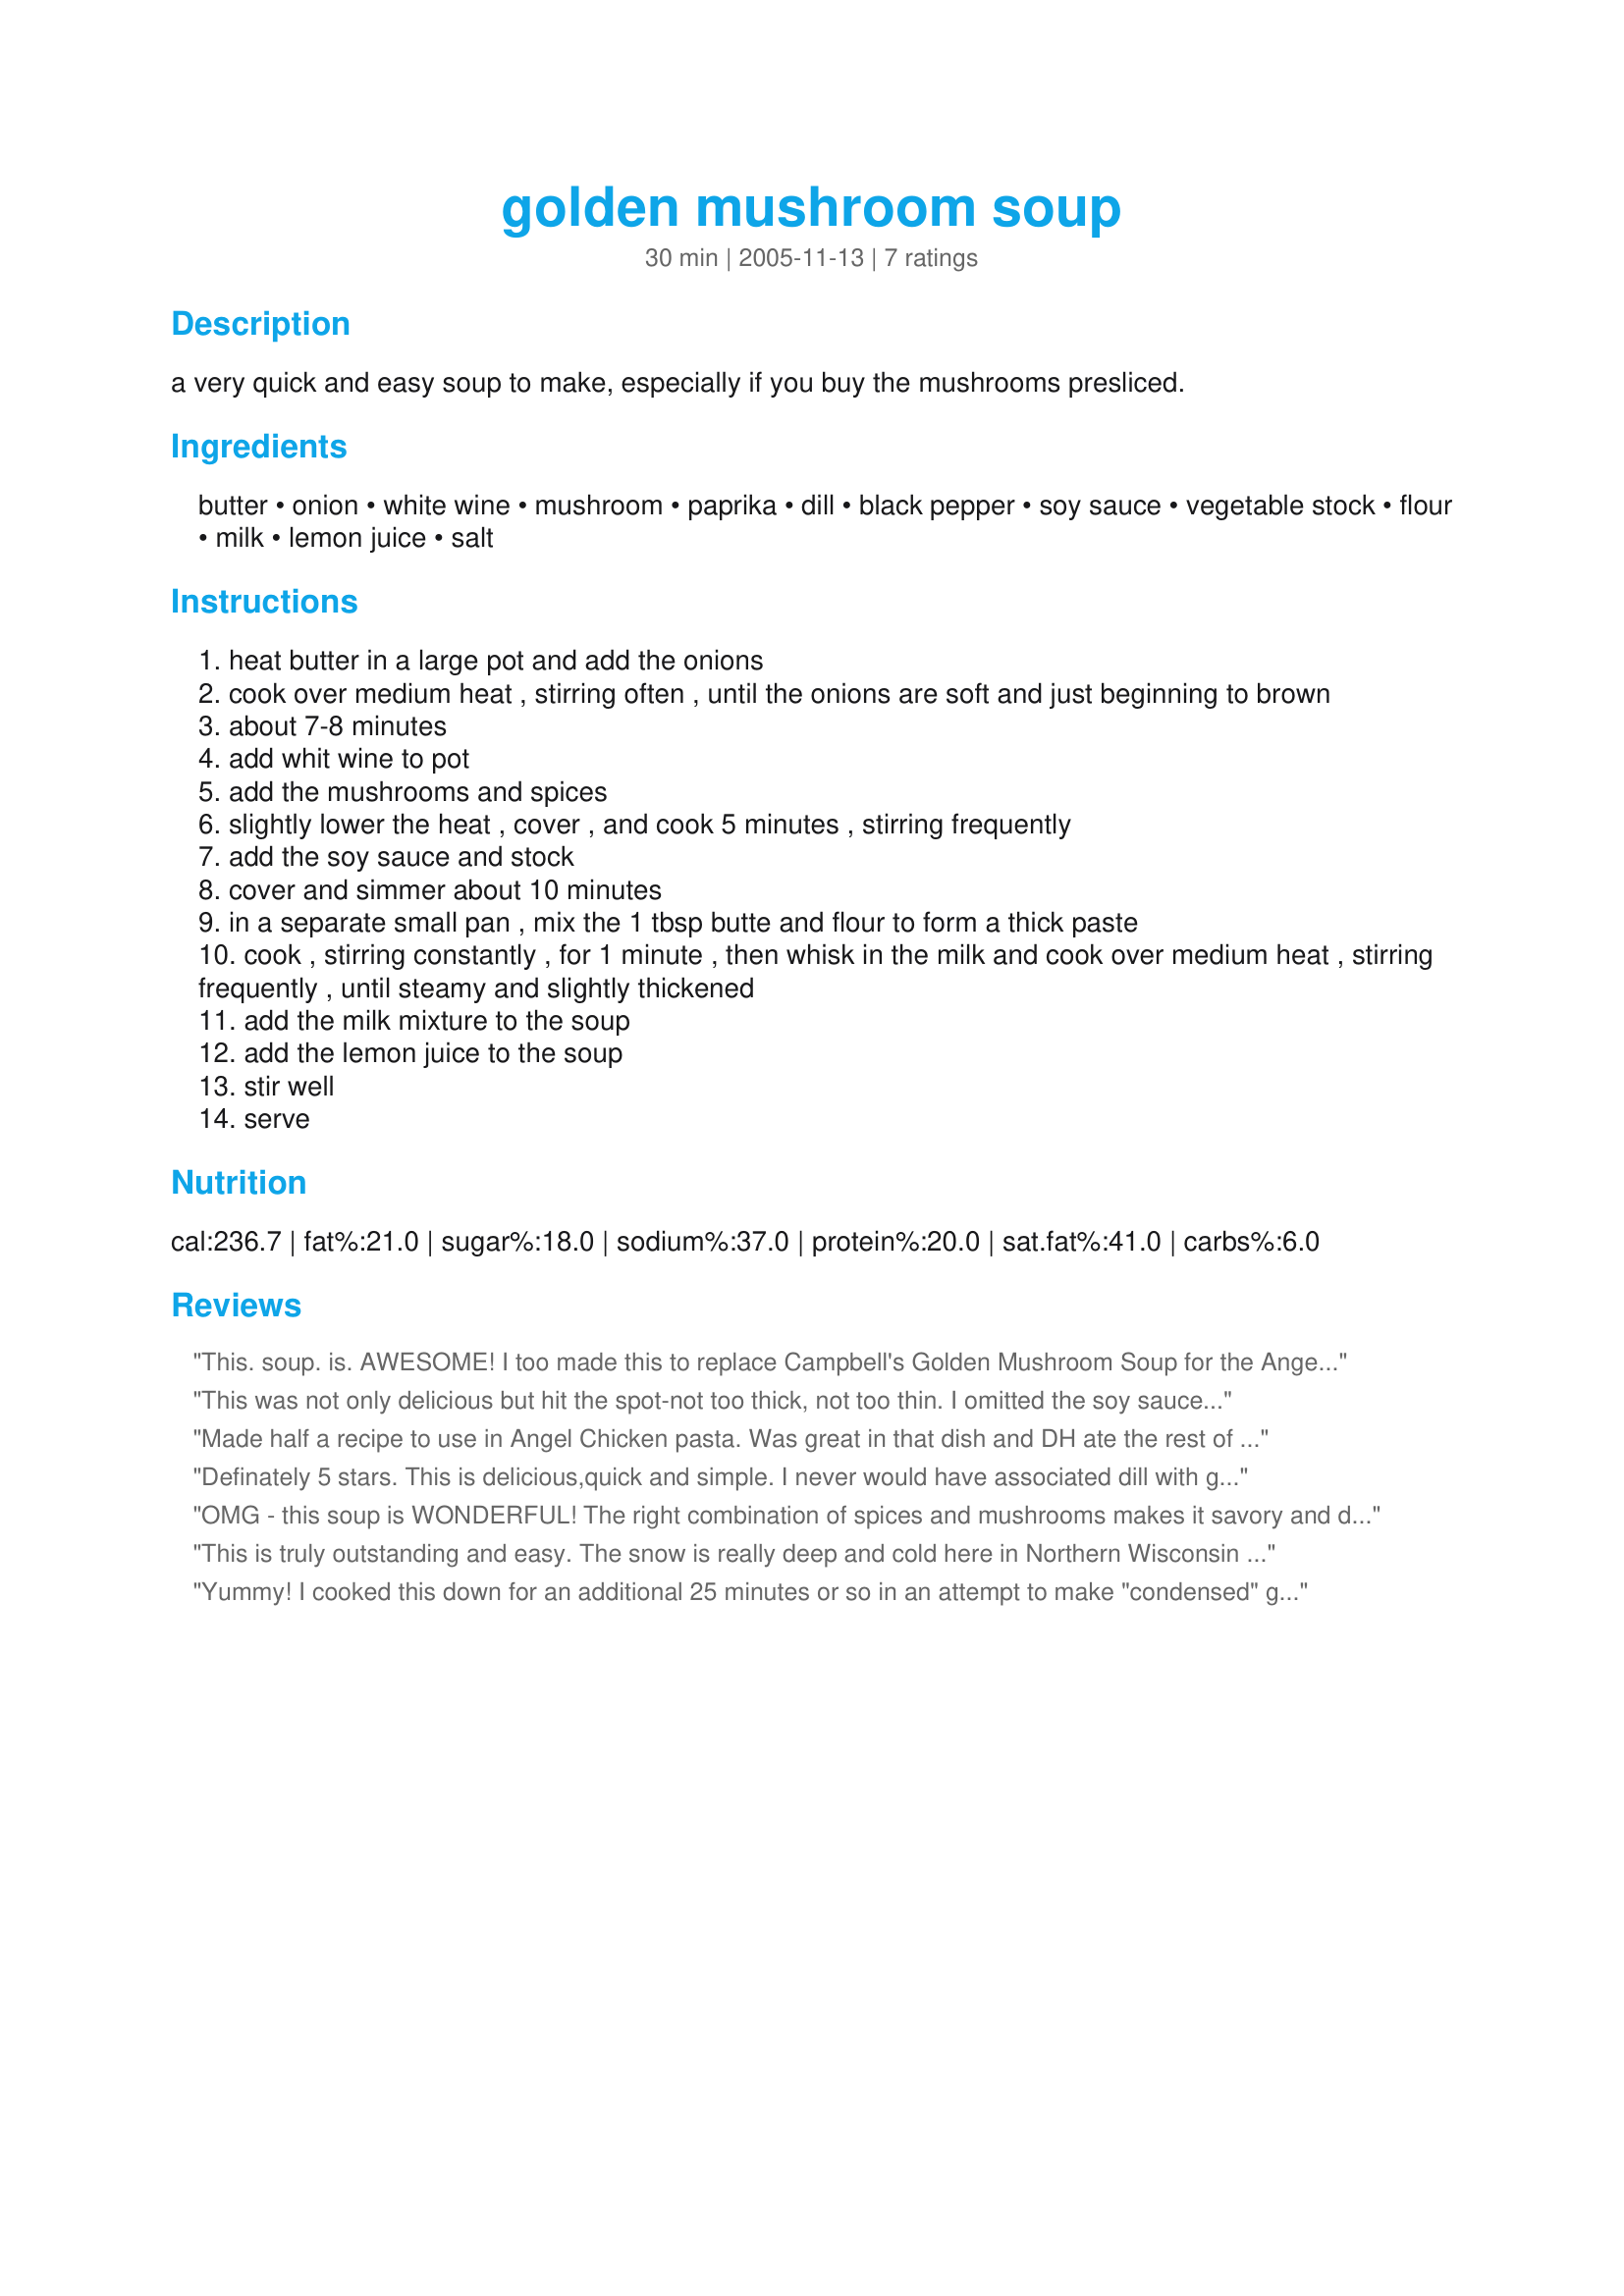
golden mushroom soup
Preparation time: 30 minutes

a very quick and easy soup to make, especially if you buy the mushrooms presliced.

Ingredients:
butter, onion, white wine, mushroom, paprika, dill, black pepper, soy sauce, vegetable stock, flour, milk, lemon juice, salt

Steps:
heat butter in a large pot and add the onions
cook over medium heat , stirring often , until the onions are soft and just beginning to brown
about 7-8 minutes
add whit wine to pot
add the mushrooms and spices
slightly lower the heat , cover , and cook 5 minutes , stirring frequently
add the soy sauce and stock
cover and simmer about 10 minutes
in a separate small pan , mix the 1 tbsp butte and flour to form a thick paste
cook , stirring constantly , for 1 minute , then whisk in the milk and cook over medium heat , stirring frequently , until steamy and slightly thickened
add the milk mixture to the soup
add the lemon juice to the soup
stir well
serve

Reviews:
This. soup. is. AWESOME! I too made this to replace Campbell's Golden Mushroom Soup for the Angel Chicken recipe (as stated, it's HIGHLY recommended). Because of that, I omitted the dill and added about a tbsp of ketchup/tomato paste. I realized after I forgot the lemon but likely won't add it next time because it was freaking wonderful! :)
This was not only delicious but hit the spot-not too thick, not too thin. I omitted the soy sauce and used about 1/2 tablespoon of Worc. sauce. Very easy to make and the directions were equally easy to follow. I think this would taste even better the second day after it's made. Added a bit of salt to the final product. The wine gave the soup a nice little hint of sweetness. Love the unexpected splash of lemon juice at the end!
Made half a recipe to use in Angel Chicken pasta. Was great in that dish and DH ate the rest of the soup.
Definately 5 stars. This is delicious,quick and simple. I never would have associated dill with golden mushroom soup, and i was a little worried the amount would be overpowering but it's perfect. Thanks for posting this!
OMG - this soup is WONDERFUL! The right combination of spices and mushrooms makes it savory and delectable. I will be making this one over and over again...very simple and wonderfully good!
This is truly outstanding and easy. The snow is really deep and cold here in Northern Wisconsin and the night is dark-- but this soup just lights up the room with its Golden Mushroom flavor. My family thought I was a goddess! Btw--I used 1/4 tsp hot paprika-- which worked very well-- as I never have the mild on hand. Bravo. I will be making this again this weekend-- we couldn't get enough of it.
Yummy! I cooked this down for an additional 25 minutes or so in an attempt to make "condensed" golden mushroom soup. I froze this in three bags, planning to use one when I make Slow Cooker Angel Chicken which I HIGHTLY recommend. (http://pearls-handcuffs-happyhour.blogspot.com/search/label/crock%20pot). Thanks! (Oh yeah, no MSG!)
